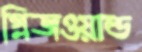
গ্লিজওয়াল্ড